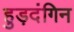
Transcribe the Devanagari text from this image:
हुड़दंगिन